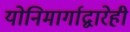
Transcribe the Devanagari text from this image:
योनिमार्गाद्वारेही